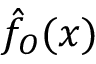
\hat { f } _ { O } ( x )